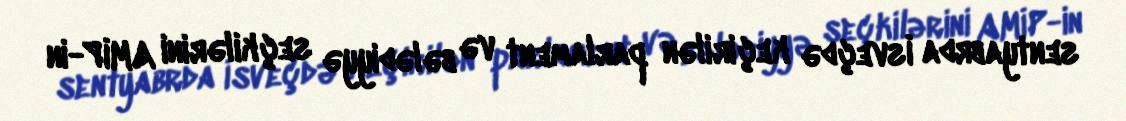
sentyabrda İsveçdə keçirilən parlament və bələdiyyə seçkilərini AMİP-in